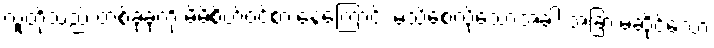
လူတို့သည် တစ်ခုခုကို မိမိစိတ်ဝင်စားနေကြောင်း မသိစေလိုသောအခါ အခြားမဆိုင်သော